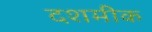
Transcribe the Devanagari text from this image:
दशमीक